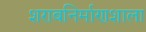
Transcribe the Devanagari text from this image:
शराबनिर्माणशाला